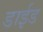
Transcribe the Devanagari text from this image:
डाईड